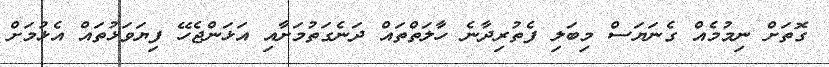
ގޮތަށް ނިމުމެއް ގެނަޔަސް މިބަލި ފެތުރިދާނެ ހާލަތްތައް ދަނެގަތުމަށާއި އަޅަންޖެހޭ ފިޔަވަޅުތައް އެޅުމަށް